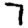
Digit: 7